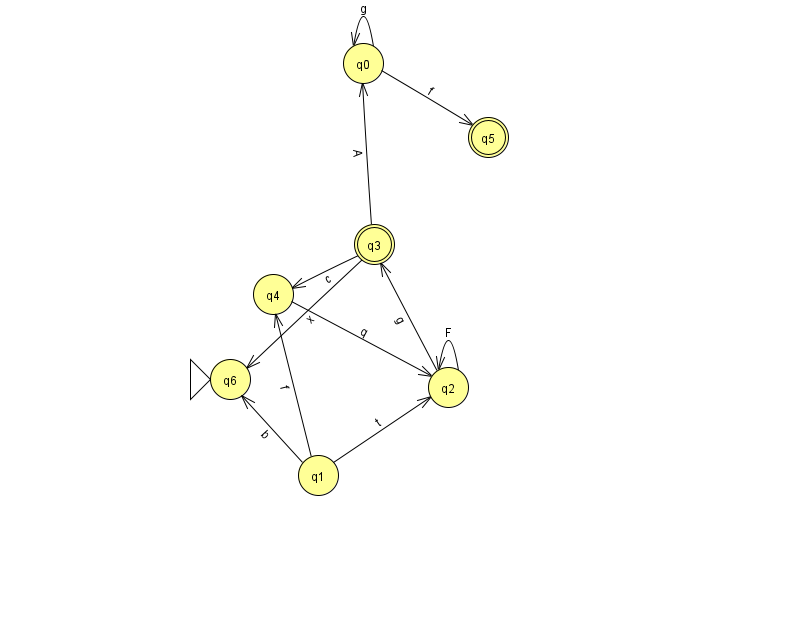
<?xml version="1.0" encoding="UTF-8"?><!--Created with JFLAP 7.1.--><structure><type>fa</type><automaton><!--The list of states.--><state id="0" name="q0"><x>363.0</x><y>50.0</y></state><state id="1" name="q1"><x>318.0</x><y>462.0</y></state><state id="2" name="q2"><x>448.0</x><y>374.0</y></state><state id="3" name="q3"><x>374.0</x><y>231.0</y><final/></state><state id="4" name="q4"><x>273.0</x><y>281.0</y></state><state id="5" name="q5"><x>488.0</x><y>124.0</y><final/></state><state id="6" name="q6"><x>230.0</x><y>366.0</y><initial/></state><!--The list of transitions.--><transition><from>4</from><to>2</to><read>q</read></transition><transition><from>2</from><to>2</to><read>F</read></transition><transition><from>2</from><to>3</to><read>g</read></transition><transition><from>3</from><to>0</to><read>A</read></transition><transition><from>3</from><to>4</to><read>c</read></transition><transition><from>0</from><to>0</to><read>g</read></transition><transition><from>0</from><to>5</to><read>f</read></transition><transition><from>1</from><to>6</to><read>b</read></transition><transition><from>1</from><to>2</to><read>t</read></transition><transition><from>1</from><to>4</to><read>f</read></transition><transition><from>3</from><to>6</to><read>x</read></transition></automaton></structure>